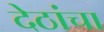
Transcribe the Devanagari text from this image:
देठांचा